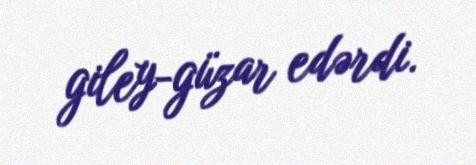
giley-güzar edərdi.